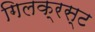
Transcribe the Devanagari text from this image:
गिलक्रस्ट